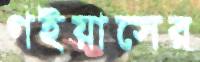
গইয়াসের